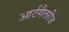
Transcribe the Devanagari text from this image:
आर्टगैलरीज